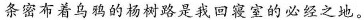
条密布着乌鸦的杨树路是我回寝室的必经之地。